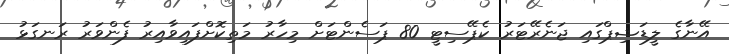
އޭނާގެ ލީޑަޝިޕްގައި ޖަނެރޭޓަރު ކެޕޭސިޓީ 80 ޕަސެންޓަށް މިހާރު މަތިކޮށްފައިވާއިރު ފެންވަރު ރަނގަޅު